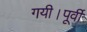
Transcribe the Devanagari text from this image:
गयी।पूर्वी